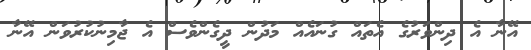
އޭނާ އެ ދިންވަރުގެ އެތައް ގުނައެއް މަދުން ދީގެންވެސް އެ ޖާމިނުކުރުވަން އޭނާ